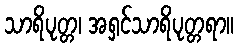
သာရိပုတ္တ၊ အရှင်သာရိပုတ္တရာ။